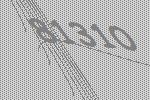
81310